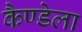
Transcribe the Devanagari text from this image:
कैण्डेला